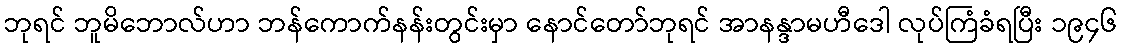
ဘုရင် ဘူမိဘောလ်ဟာ ဘန်ကောက်နန်းတွင်းမှာ နောင်တော်ဘုရင် အာနန္ဒာမဟီဒေါ လုပ်ကြံခံရပြီး ၁၉၄၆